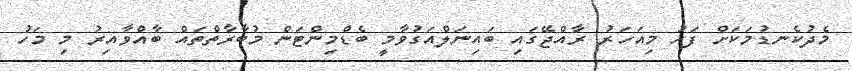
މެދުކެނޑުމަކަށް ފަހު މިއަހަރު ރާއްޖޭގައި ބައިނަލްއަގުވާމީ ބެޑްމިންޓަން މުބާރާތްތައް ބާއްވާއިރު މި މަހު